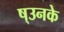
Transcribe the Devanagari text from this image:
ष्उनके